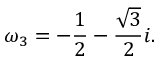
\omega _ { 3 } = - { \frac { 1 } { 2 } } - { \frac { \sqrt { 3 } } { 2 } } i .